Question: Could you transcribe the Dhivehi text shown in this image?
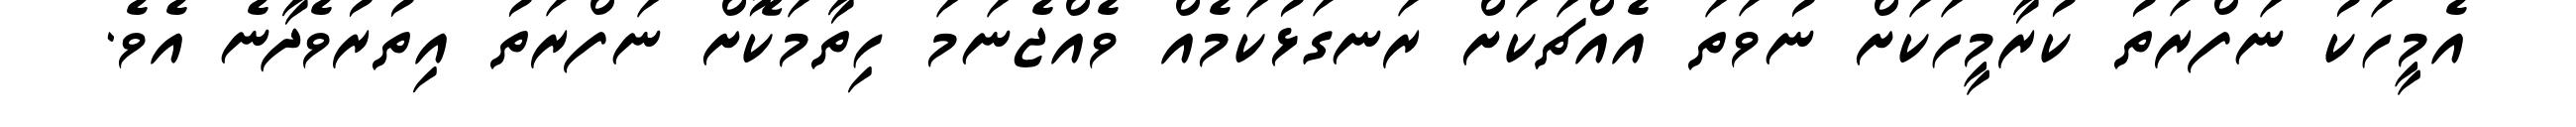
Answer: އެމީހަކު ނަފްރަތު ކުރާމީހަކަށް ނުވަތަ އެއްޗަކަށް ރަނގަޅުކަމެއް ވެއްޖެނަމަ ހިތާމަކޮށް ނަފްރަތު އިތުރުވެދާނެ އެވެ.